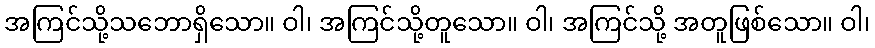
အကြင်သို့သဘောရှိသော။ ဝါ၊ အကြင်သို့တူသော။ ဝါ၊ အကြင်သို့ အတူဖြစ်သော။ ဝါ၊